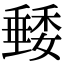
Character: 𥡭